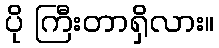
ပို ကြီးတာရှိလား။